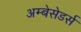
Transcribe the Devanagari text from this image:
अम्बेसेडर्स